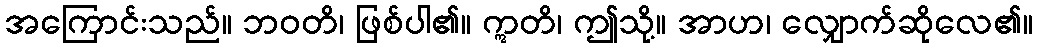
အကြောင်းသည်။ ဘဝတိ၊ ဖြစ်ပါ၏။ ဣတိ၊ ဤသို့။ အာဟ၊ လျှောက်ဆိုလေ၏။